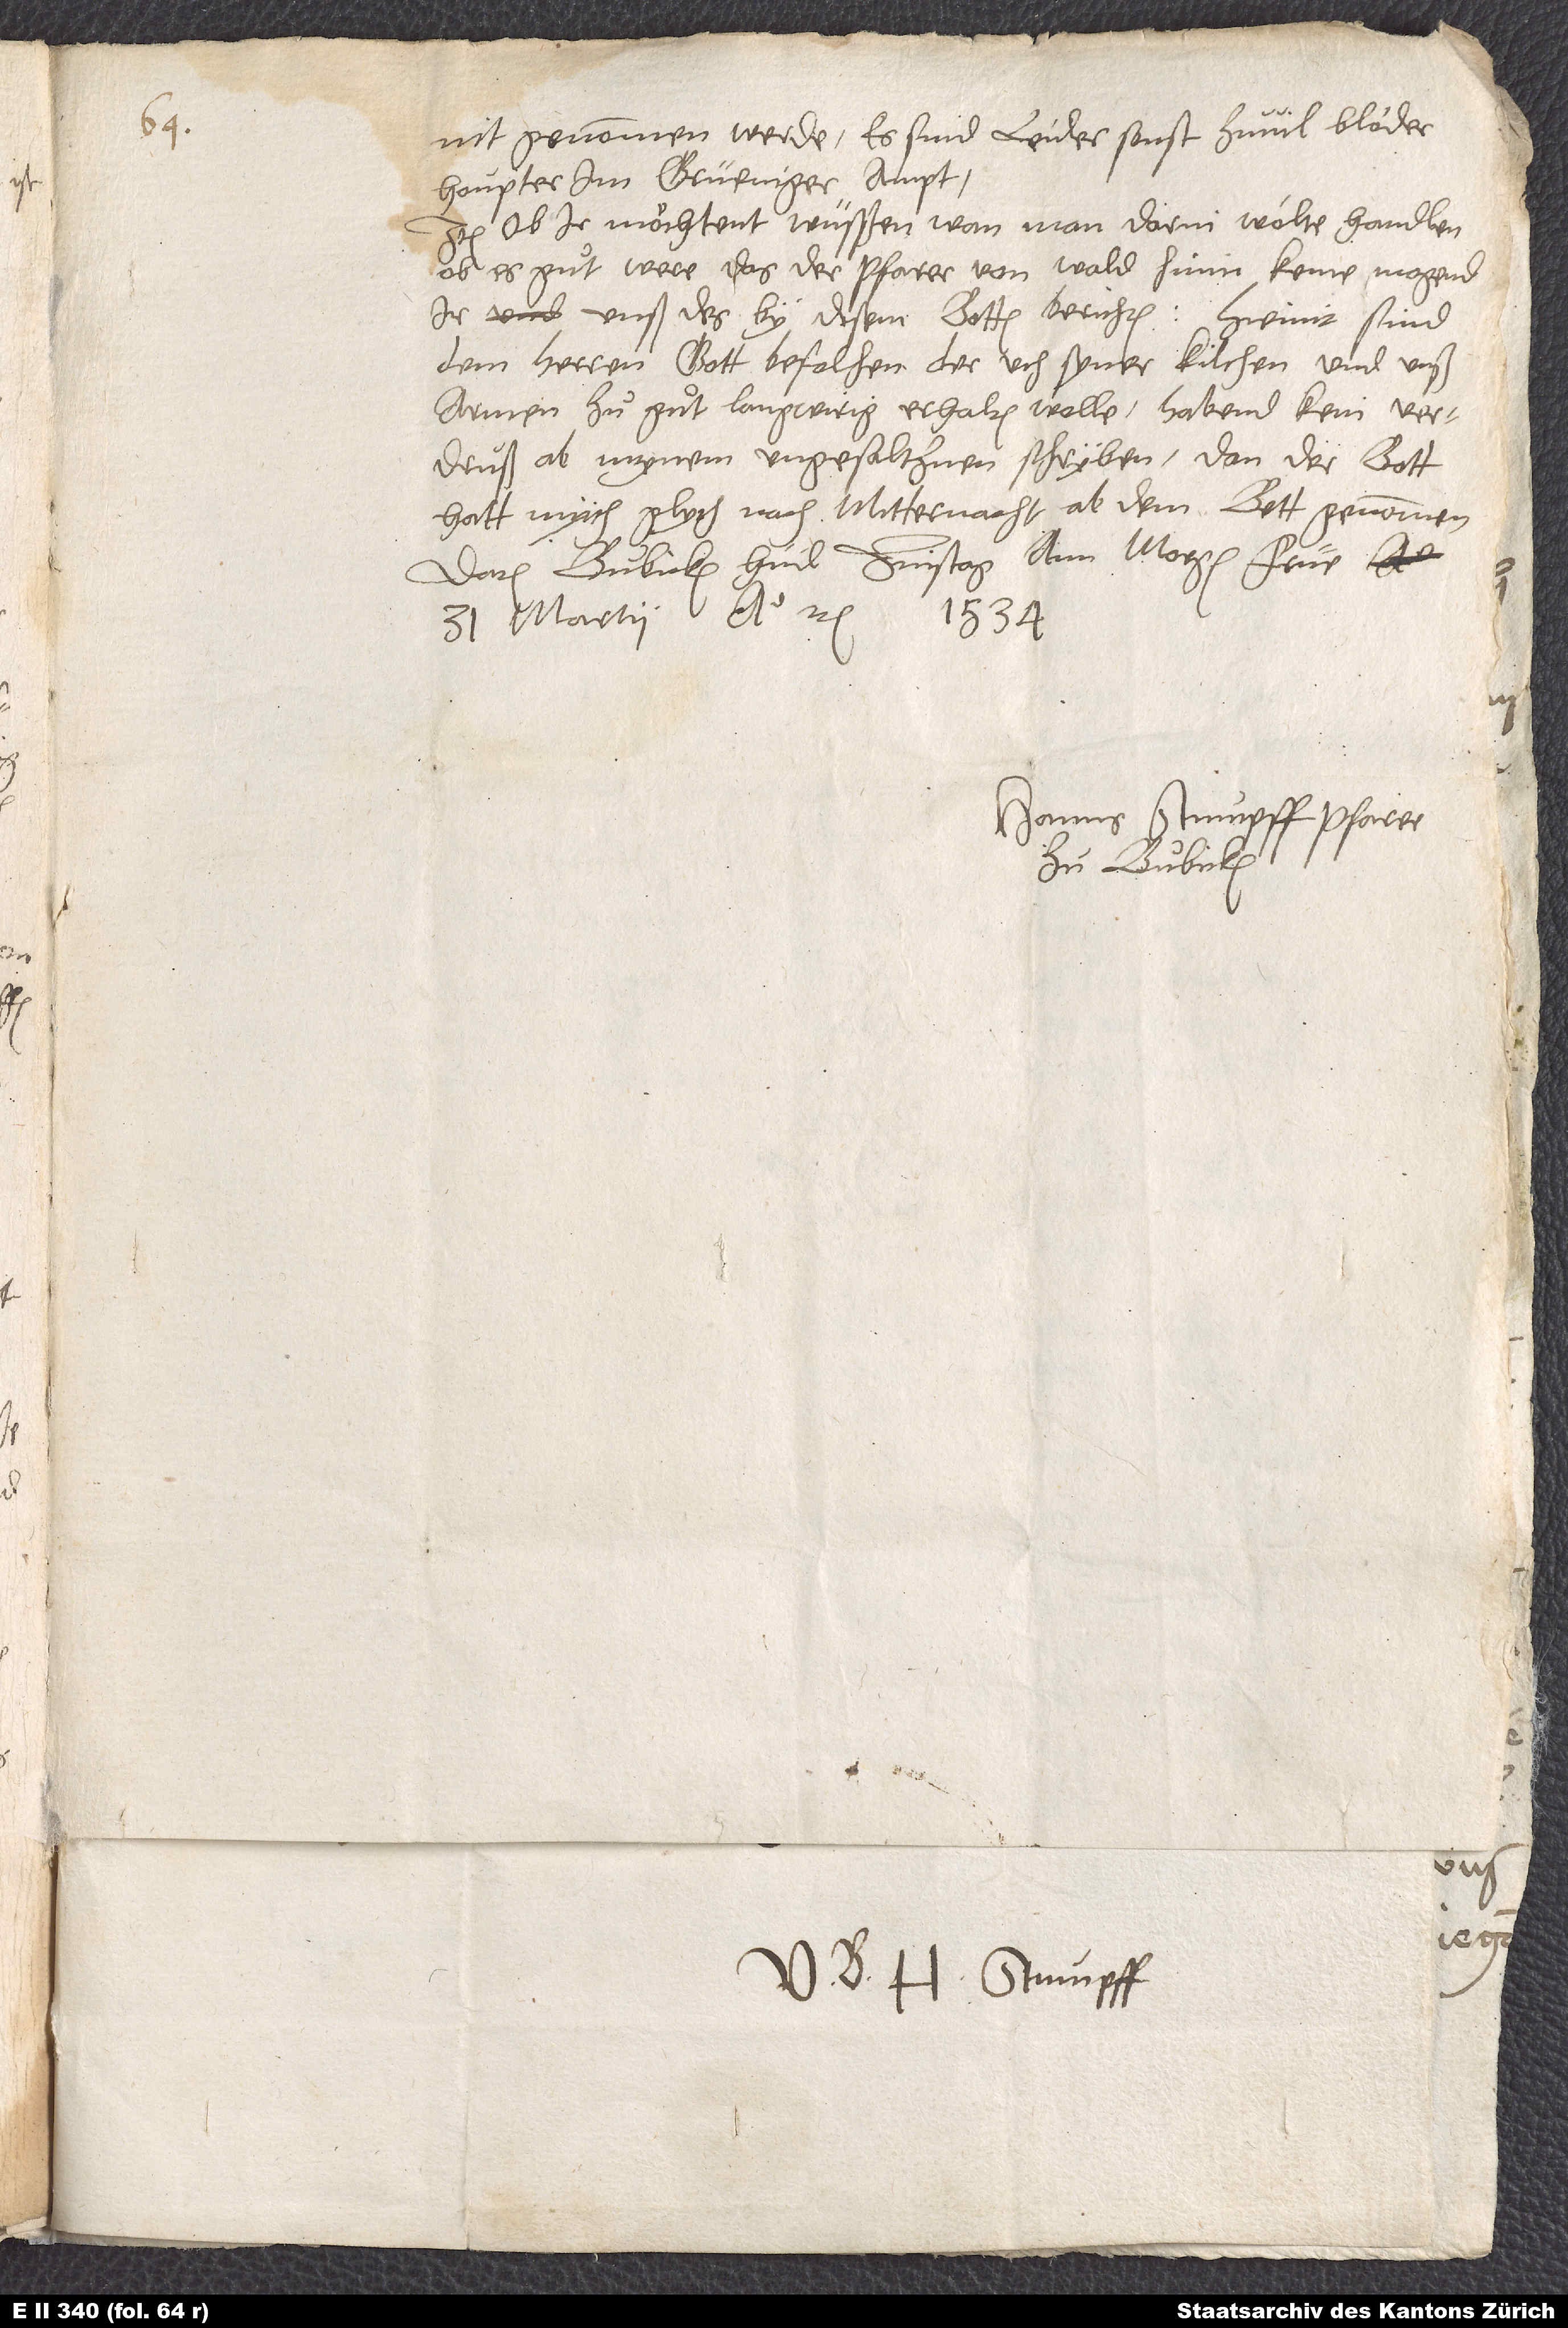
nit genommen werde. Es sind leider sonst zu vil blöder
houpter im Grüeniger ampt.
Item ob ir möchtent wüsßen, wan man darin wölte handlen,
ob es guͦt were, das der pfarer von Wald hinin keme, mogend
ir unß des by disem botten berichten. Hiemit sind
dem herren gott befolhen, der uch syner kilchen und unß
armen zu guͦt langwirig erhalten wolle. Habend kein verdruß
ab mynem ungesaltznen schryben, dan der bott
hatt mych glych nach mitternacht ab dem bett genommen.
Datum Bubicken, hüd zinstag ann morgen früe,
31. martii anno etc. 1534.
Hanns Stumpff, pfarer
zu Bubicken.